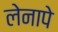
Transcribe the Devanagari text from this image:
लेनापे